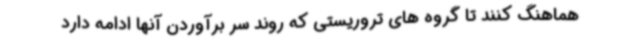
هماهنگ کنند تا گروه های تروریستی که روند سر برآوردن آنها ادامه دارد